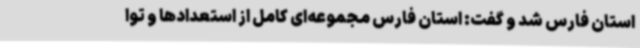
استان فارس شد و گفت: استان فارس مجموعه‌ای کامل از استعدادها و توا